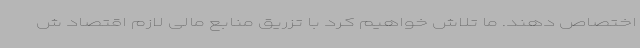
اختصاص دهند. ما تلاش خواهیم کرد با تزریق منابع مالی لازم اقتصاد ش